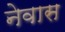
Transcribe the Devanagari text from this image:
नेवास